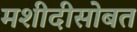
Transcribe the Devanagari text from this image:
मशीदीसोबत